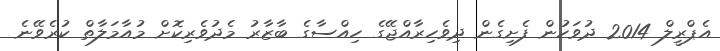
އެޕްރީލް 2014 ދުވަހުން ފެށިގެން ދިވެހިރާއްޖޭގެ ހިއްސާގެ ބާޒާރު މެދުވެރިކޮށް މުއާމަލާތް ކުރެވޭނެ